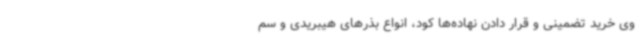
وی خرید تضمینی و قرار دادن نهاده‌ها کود، انواع بذرهای هیبریدی و سم